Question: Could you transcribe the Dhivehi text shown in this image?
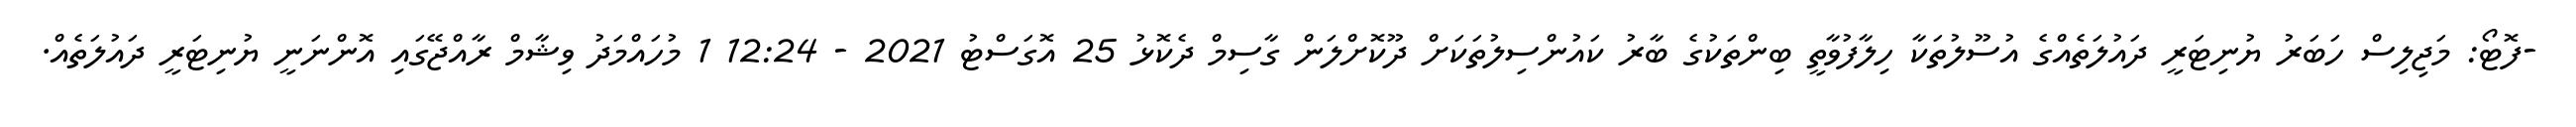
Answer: -ފޮޓޯ: މަޖިލިސް ހަބަރު ޔުނިޓަރީ ދައުލަތެއްގެ އުސޫލުތަކާ ހިލާފުވާތީ ބިންތަކުގެ ބާރު ކައުންސިލުތަކަށް ދޫކޮށްލަން ގާސިމް ދެކޮޅު 25 އޮގަސްޓު 2021 - 12:24 1 މުހައްމަދު ވިޝާމް ރާއްޖޭގައި އޮންނަނީ ޔުނިޓަރީ ދައުލަތެއް.